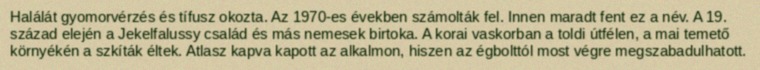
Halálát gyomorvérzés és tífusz okozta. Az 1970-es években számolták fel. Innen maradt fent ez a név. A 19. század elején a Jekelfalussy család és más nemesek birtoka. A korai vaskorban a toldi útfélen, a mai temető környékén a szkíták éltek. Atlasz kapva kapott az alkalmon, hiszen az égbolttól most végre megszabadulhatott.